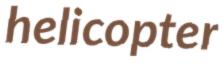
helicopter